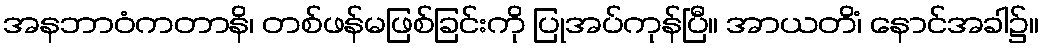
အနဘာဝံကတာနိ၊ တစ်ဖန်မဖြစ်ခြင်းကို ပြုအပ်ကုန်ပြီ။ အာယတိံ၊ နောင်အခါ၌။